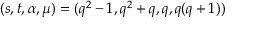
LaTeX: ( s , t , \alpha , \mu ) = ( q ^ { 2 } - 1 , q ^ { 2 } + q , q , q ( q + 1 ) )